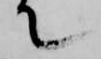
て